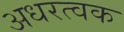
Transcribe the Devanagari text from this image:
अधरत्वक